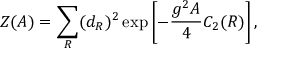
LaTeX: { \cal Z } ( A ) = \sum _ { R } ( d _ { R } ) ^ { 2 } \exp \left[ - { \frac { g ^ { 2 } A } { 4 } } C _ { 2 } ( R ) \right] ,